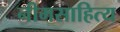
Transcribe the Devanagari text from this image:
नीमसाहित्य